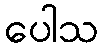
ပေါသ